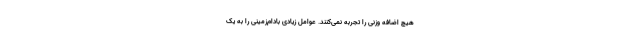
هیچ اضافه وزنی را تجربه نمی‌کنند. عوامل زیادی بادام‌زمینی را به یک